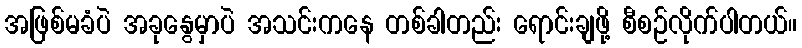
အဖြစ်မခံပဲ အခုနွေမှာပဲ အသင်းကနေ တစ်ခါတည်း ရောင်းချဖို့ စီစဉ်လိုက်ပါတယ်။